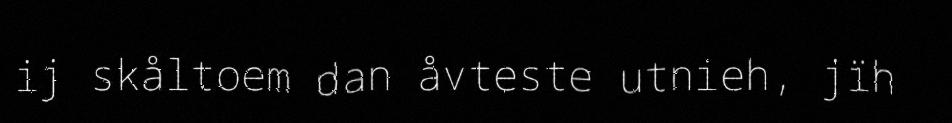
ij skåltoem dan åvteste utnieh, jïh